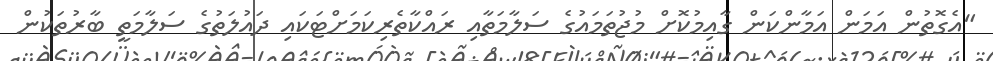
"އެގޮތުން އަމަން އަމާންކަން ގާއިމުކޮށް މުޖުތަމައުގެ ސަލާމަތާއި ރައްކާތެރިކަމަށްޓަކައި ދައުލަތުގެ ސަލާމަތީ ބާރުތަކުން